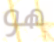
هو